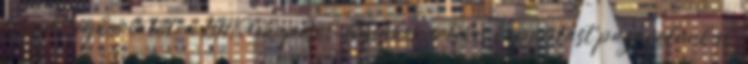
feszültségkorlátot, a BMS lekapcsol. Ilyenkor értékes kapacitást pazarolunk el.